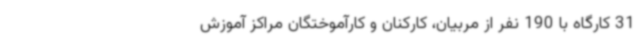
31 کارگاه با 190 نفر از مربیان، کارکنان و کارآموختگان مراکز آموزش